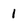
Character: 1